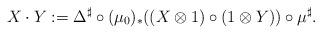
LaTeX: \begin{align*}X\cdot Y := \Delta^\sharp \circ (\mu_0)_*((X\otimes 1)\circ (1\otimes Y)) \circ \mu^\sharp.\end{align*}